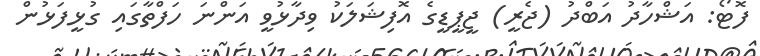
ފޮޓޯ: އަޝްހާދު އަބްދު (ޖެރީ) ޖީޕީޑީގެ އޮފިޝަލަކު ވިދާޅުވީ އަންނަ ހަފްތާގައި ގުޅީފަޅުން